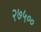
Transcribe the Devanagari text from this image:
२७५००